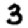
Digit: 3